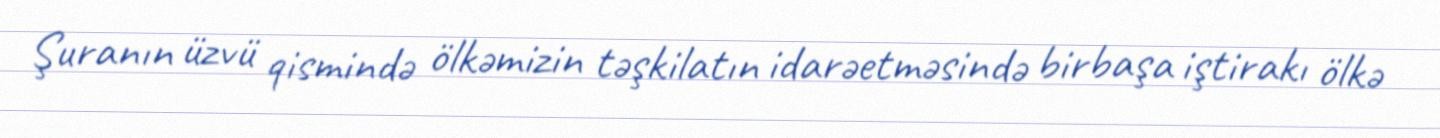
Şuranın üzvü qismində ölkəmizin təşkilatın idarəetməsində birbaşa iştirakı ölkə